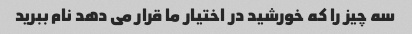
سه چیز را که خورشید در اختیار ما قرار می دهد نام ببرید